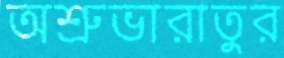
অশ্রুভারাতুর